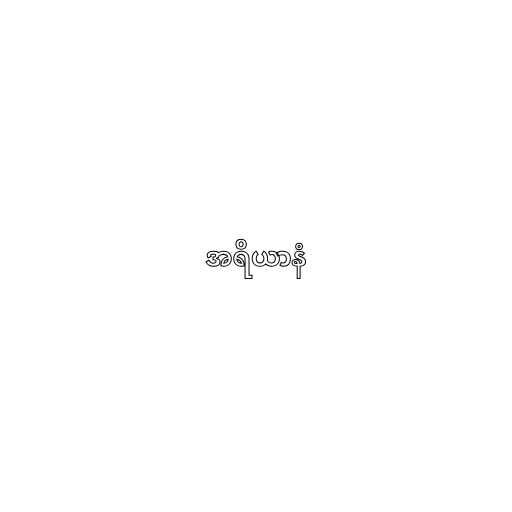
အရိယာနံ